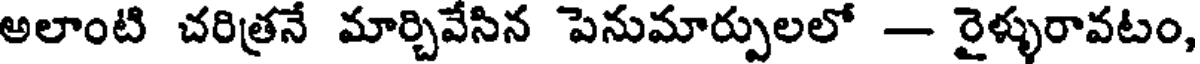
అలాంటి చరిత్రనే మార్చివేసిన పెనుమార్పులలో -- రైళ్ళురావటం,